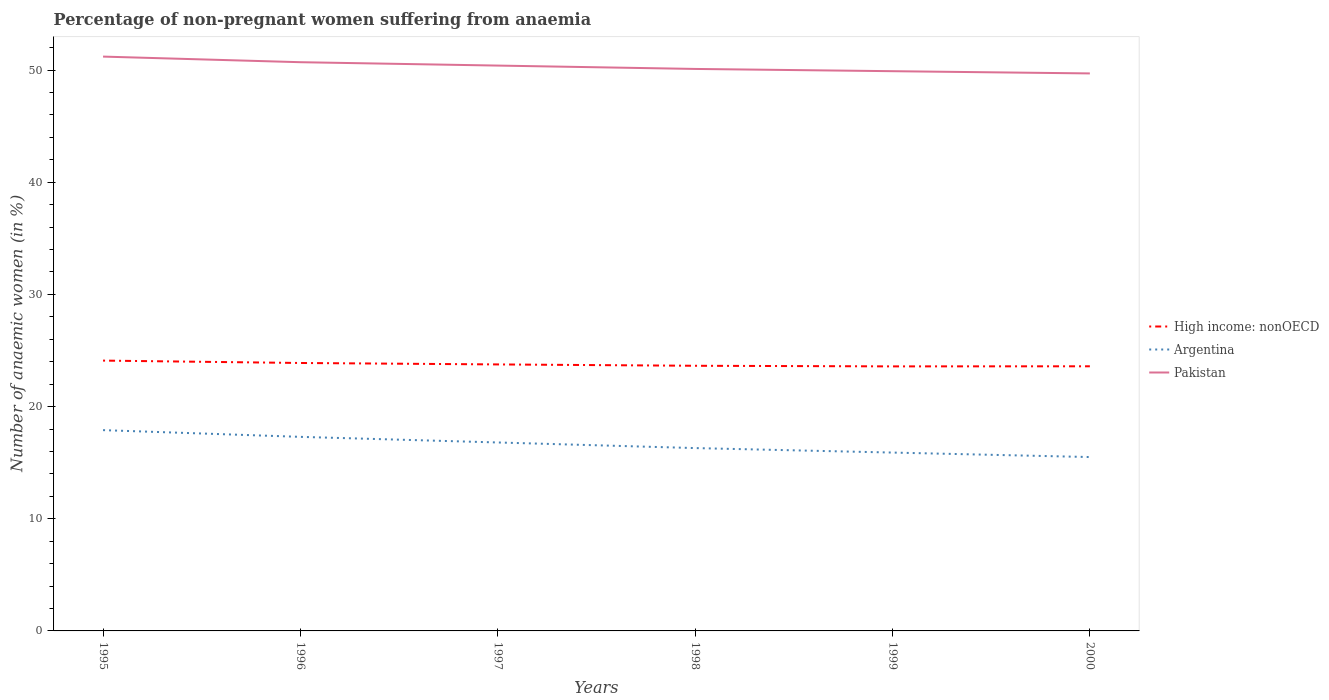
| Years | High income: nonOECD | Argentina | Pakistan |
 | --- | --- | --- | --- |
 | 1995 | 24.1 | 17.9 | 51.2 |
 | 1996 | 23.9 | 17.3 | 50.7 |
 | 1997 | 23.8 | 16.8 | 50.4 |
 | 1998 | 23.6 | 16.3 | 50.1 |
 | 1999 | 23.6 | 15.9 | 49.9 |
 | 2000 | 23.6 | 15.5 | 49.7 |